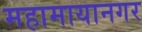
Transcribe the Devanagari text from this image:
महामायानगर